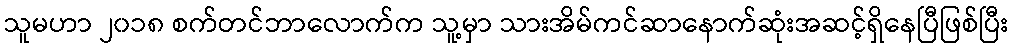
သူမဟာ ၂၀၁၈ စက်တင်ဘာလောက်က သူ့မှာ သားအိမ်ကင်ဆာနောက်ဆုံးအဆင့်ရှိနေပြီဖြစ်ပြီး